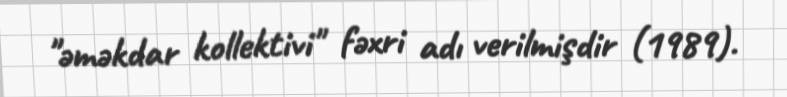
"əməkdar kollektivi" fəxri adı verilmişdir (1989).